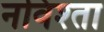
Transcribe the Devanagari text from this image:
नविश्ता